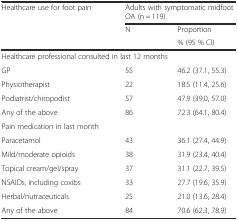
| <ROWSPAN=2> Healthcare use for foot pain | <COLSPAN=2> Adults with symptomatic midfoot OA (n = 119) |
 | N | Proportion |
 |  |  | % (95 % CI) |
 | --- | --- | --- |
 | <COLSPAN=2> Healthcare professional consulted in last 12 months |  |
 | GP | 55 | 46.2 (37.1, 55.3) |
 | Physiotherapist | 22 | 18.5 (11.4, 25.6) |
 | Podiatrist/chiropodist | 57 | 47.9 (39.0, 57.0) |
 | Any of the above | 86 | 72.3 (64.1, 80.4) |
 | <COLSPAN=3> Pain medication in last month |
 | Paracetamol | 43 | 36.1 (27.4, 44.9) |
 | Mild/moderate opioids | 38 | 31.9 (23.4, 40.4) |
 | Topical cream/gel/spray | 37 | 31.1 (22.7, 39.5) |
 | NSAIDs, including coxibs | 33 | 27.7 (19.6, 35.9) |
 | Herbal/nutraceuticals | 25 | 21.0 (13.6, 28.4) |
 | Any of the above | 84 | 70.6 (62.3, 78.9) |